Report on vaccination in the Province of Bengal - 1874-1889
Year: 1874
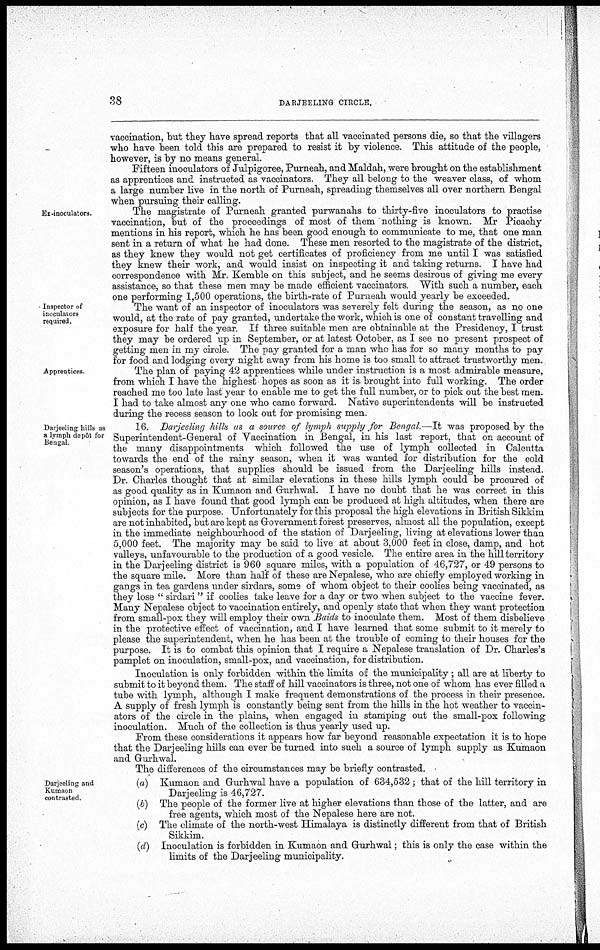
38
DARJEELING CIRCLE.
vaccination, but they have spread reports that all vaccinated persons die, so that the villagers
who have been told this are prepared to resist it by violence. This attitude of the people,
however, is by no means general.
Fifteen inoculators of Julpigoree, Purneah, and Maldah, were brought on the establishment
as apprentices and instructed as vaccinators. They all belong to the weaver class, of whom
a large number live in the north of Purneah, spreading themselves all over northern Bengal
when pursuing their calling.
Ex-inoculators.
The magistrate of Purneah granted purwanahs to thirty-five inoculators to practise
vaccination, but of the proceedings of most of them nothing is known. Mr Picachy
mentions in his report, which he has been good enough to communicate to me, that one man
sent in a return of what he had done. These men resorted to the magistrate of the district,
as they knew they would not get certificates of proficiency from me until I was satisfied
they knew their work, and would insist on inspecting it and taking returns. I have had
correspondence with Mr, Kemble on this subject, and he seems desirous of giving me every
assistance, so that these men may be made efficient vaccinators. With such a number, each
one performing 1,500 operations, the birth-rate of Purneah would yearly be exceeded.
Inspector of
inoculators
required.
The want of an inspector of inoculators was severely felt during the season, as no one
would, at the rate of pay granted, undertake the work, which is one of constant travelling and
exposure for half the year. If three suitable men are obtainable at the Presidency, I trust
they may be ordered up in September, or at latest October, as I see no present prospect of
getting men in my circle. The pay granted for a man who has for so many months to pay
for food and lodging: every night away from his home is too small to attract trustworthy men.
Apprentices.
The plan of paying 42 apprentices while under instruction is a most admirable measure,
from which I have the highest hopes as soon as it is brought into full working. The order
reached me too late last year to enable me to get the full number, or to pick out the best men.
I had to take almost any one who came forward. Native superintendents will be instructed
during the recess season to look out for promising men.
Darjeeling hills as
a lymph depôt for
Bengal.
16. Darjeeling hills as a source of lymph supply for Bengal.—It was proposed by the
Superintendent-General of Vaccination in Bengal, in his last report, that on account of
the many disappointments which followed the use of lymph collected in Calcutta
towards the end of the rainy season, when it was wanted for distribution for the cold
season's operations, that supplies should be issued from the Darjeeling hills instead.
Dr. Charles thought that at similar elevations in these hills lymph could be procured of
as good quality as in Kumaon and Gurhwal. I have no doubt that he was correct in this
opinion, as I have found that good lymph can be produced at high altitudes, when there are
subjects for the purpose. Unfortunately for this proposal the high elevations in British Sikkim
are not inhabited, but are kept as Government forest preserves, almost all the population, except
in the immediate neighbourhood of the station of Darjeeling, living at elevations lower than
5,000 feet. The majority may be said to live at about 3,000 feet in close, damp, and hot
valleys, unfavourable to the production of a good vesicle. The entire area in the hill territory
in the Darjeeling district is 960 square miles, with a population of 46,727, or 49 persons to
the square mile. More than half of these are Nepalese, who are chiefly employed working in
gangs in tea gardens under sirdars, some of whom object to their coolies being vaccinated, as
they lose " sirdari" if coolies take leave for a day or two when subject to the vaccine fever.
Many Nepalese object to vaccination entirely, and openly state that when they want protection
from small-pox they will employ their own Bards to inoculate them. Most of them disbelieve
in the protective effect of vaccination, and I have learned that some submit to it merely to
please the superintendent, when he has been at the trouble of coming to their houses for the
purpose. It is to combat this opinion that I require a Nepalese translation of Dr. Charles's
pamplet on inoculation, small-pox, and vaccination, for distribution.
Inoculation is only forbidden within the limits of the municipality ; all are at liberty to
submit to it beyond them. The staff of hill vaccinators is three, not one of whom has ever filled a
tube with lymph, although I make frequent demonstrations of the process in their presence.
A supply of fresh lymph is constantly being sent from the hills in the hot weather to vaccin-
ators of the circle in the plains, when engaged in stamping out the small-pox following
inoculation. Much of the collection is thus yearly used up.
From these considerations it appears how far beyond reasonable expectation it is to hope
that the Darjeeling hills can ever be turned into such a source of lymph supply as Kumaon
and Gurhwal.
The differences of the circumstances may be briefly contrasted.
Darjeeling and
Kumaon
contrasted.
(a)
(b)
(c)
(d)
Kumaon and Gurhwal have a population of 634,532; that of the hill territory in
Darjeeling is 46,727.
The people of the former live at higher elevations than those of the latter, and are
free agents, which most of the Nepalese here are not.
The climate of the north-west Himalaya is distinctly different from that of British
Sikkim.
Inoculation is forbidden in Kumaon and Gurhwal; this is only the case within the
limits of the Darjeeling municipality.